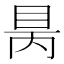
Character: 𥅙